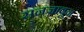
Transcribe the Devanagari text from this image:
सनजावून